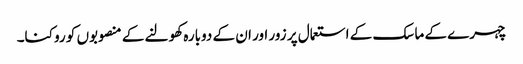
چہرے کے ماسک کے استعمال پر زور اور ان کے دوبارہ کھولنے کے منصوبوں کو روکنا۔